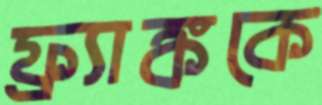
ফ্র্যাঙ্ককে